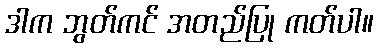
ဒါက ဘွတ်ကင် အတည်ပြု ကတ်ပါ။